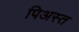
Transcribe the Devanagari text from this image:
पिअस्त